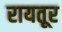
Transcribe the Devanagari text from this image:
रायतूर